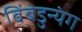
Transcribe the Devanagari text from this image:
विंबेडुन्यंग